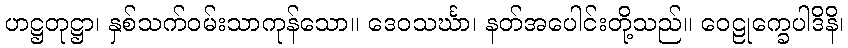
ဟဋ္ဌတုဋ္ဌာ၊ နှစ်သက်ဝမ်းသာကုန်သော။ ဒေဝသင်္ဃာ၊ နတ်အပေါင်းတို့သည်။ ဝေဠုက္ခေပါဒိနိ၊